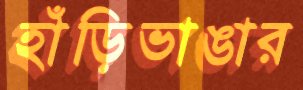
হাঁড়িভাঙার